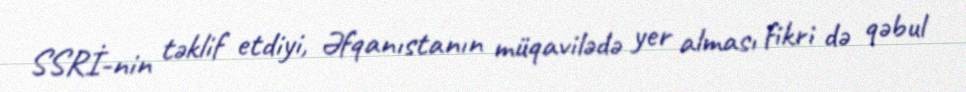
SSRİ-nin təklif etdiyi, Əfqanıstanın müqavilədə yer alması fikri də qəbul